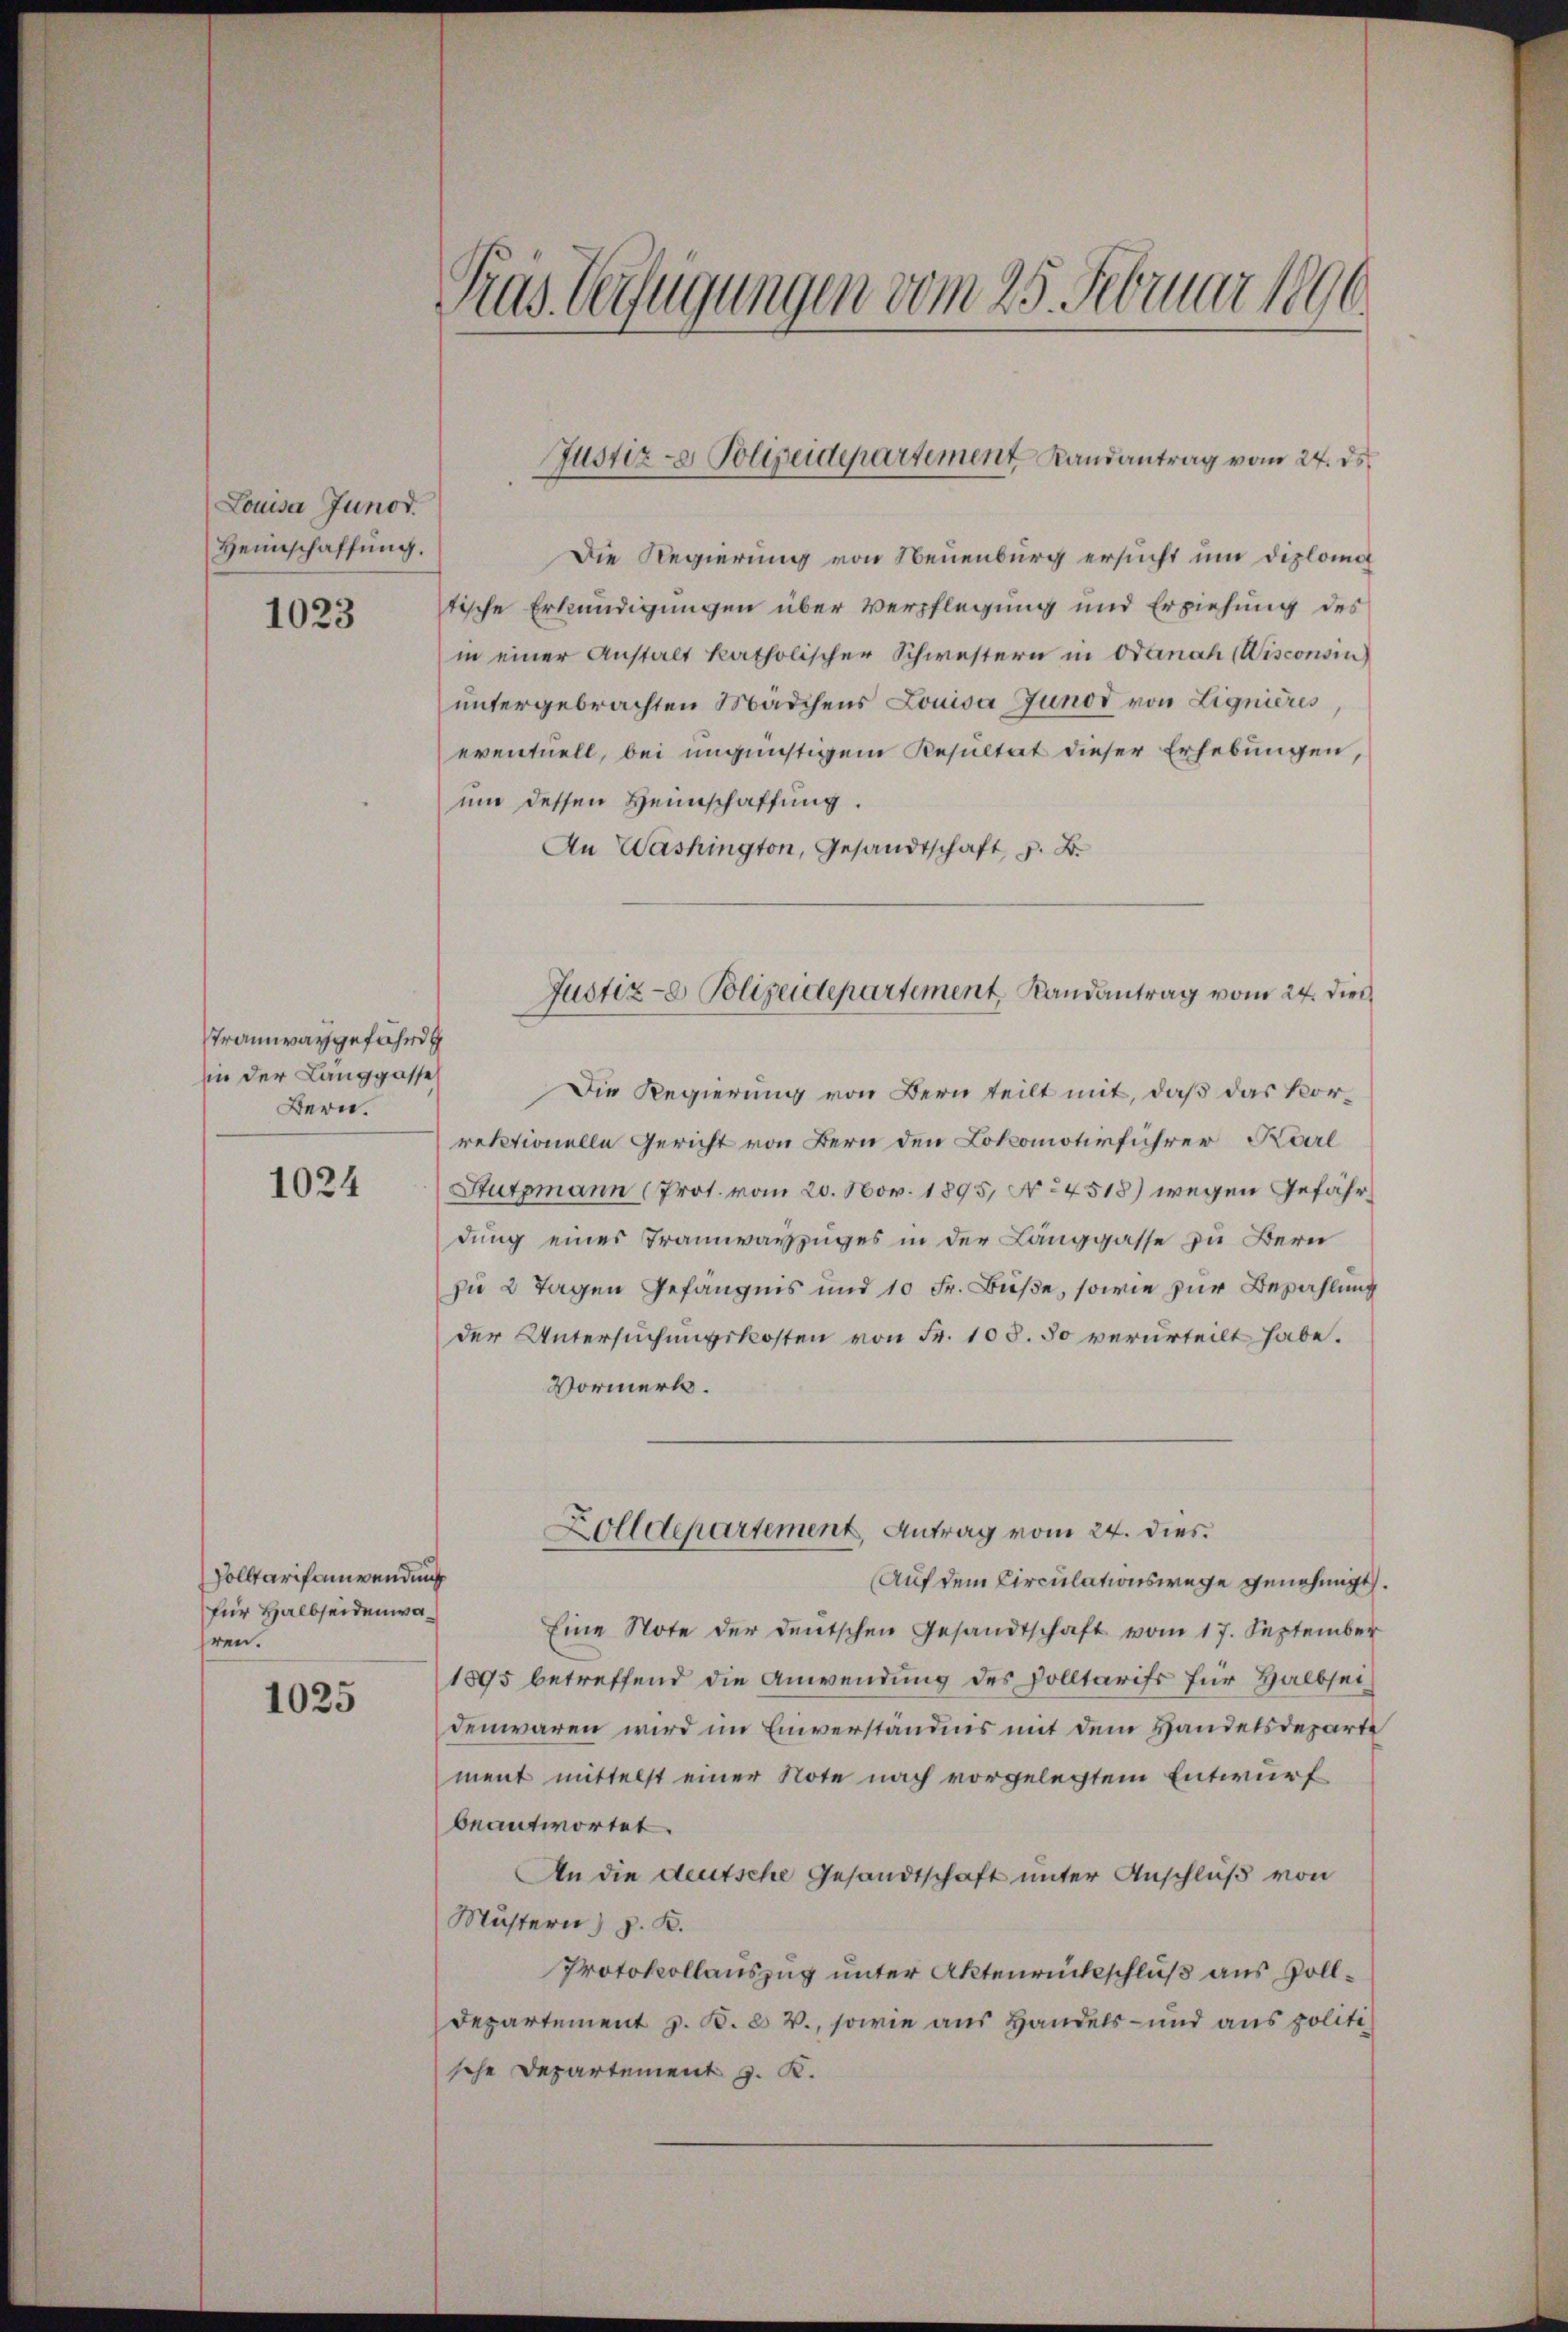
Louisa Junod.
Heimschaffung.

1023

Tramwaygefährd
sie der Langgasse
Bern.

1024

solltarifanwendung
für Halbseidenwaren.

1025

Tras Verfügungen vom 25. Februar 1890

Die Regierung von Neuenburg ersucht um diploma
tische Erkundigungen über Verpflegung und Erziehung des
in einer Anstalt katholischer Schwestern in Odanach (Wisconsin
untergebrachten Mädchens Louisa Junod von Lignieres
eventuell, bei ungünstigem Resultat dieser Erhebungen,
um dessen Heimschaffung.
An Washington, Gesandtschaft z. B.
Die Regierung von Bern teilt mit, daß das Korrektionelle Gericht von Bern den Lokomotivführer Karl
Stutzmann (Prot. vom 20. Nov. 1895, No 4518) wegen Gefährdung eines Tramwayzuges in der Langgasse zu Bern
zu 2 Tagen Gefängnis und 10 Fr. Buße, sowie zur Bezahlung
der Untersuchungskosten von Fr. 108. So verurteilt habe.
Vormerk.
Zolldepartement, Antrag vom 24. dies
Auf dem Circulationswege genehmigt.
Eine Note der deutschen Gesandtschaft vom 17. September
1895 betreffend die Anwendung des solltarifs für Halbseidenwaren wird im Einverständnis mit dem Handelsdeparte
ment mittelst einer Note nach vorgelegtem Entwurf
beantwortet.
An die deutsche Gesandtschaft unter Anschluß von
Mustern) p. K.
Protokollauszug unter Aktenrückschluß aus Soll¬
Departement z. B. b V., sowie aus Handels- und aus politische Departement J. K.

Justiz- & Polizeidepartement Landantrag vom 24. ds.

Justiz- Polizeidepartement, Landantrag vom 24. dies